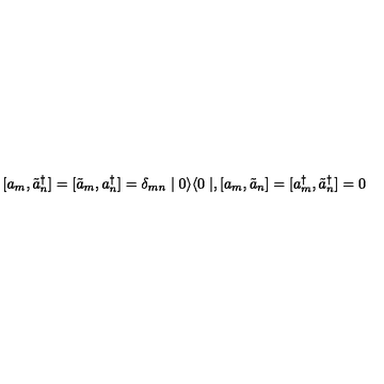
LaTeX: [ a _ { m } , \tilde { a } _ { n } ^ { \dagger } ] = [ \tilde { a } _ { m } , a _ { n } ^ { \dagger } ] = \delta _ { m n } \mid 0 \rangle \langle 0 \mid , [ a _ { m } , \tilde { a } _ { n } ] = [ a _ { m } ^ { \dagger } , \tilde { a } _ { n } ^ { \dagger } ] = 0